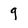
Character: 9